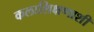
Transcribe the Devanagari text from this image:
कलाशिक्षणाशी